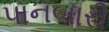
પાનબારી